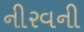
નીરવની